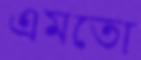
এমতো